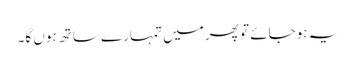
یہ ہوجائے تو پھر میں تمہارے ساتھ ہوں گا۔